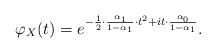
LaTeX: \begin{align*} \varphi_X(t) = e^{-\frac12\cdot \frac{\alpha_1}{1-\alpha_1} \cdot t^2 + it \cdot \frac{\alpha_0}{1-\alpha_1}}.\end{align*}